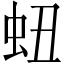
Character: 䖡